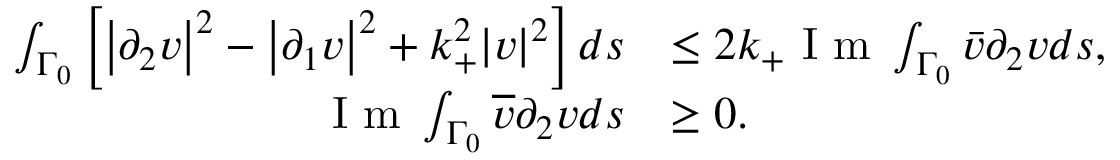
\begin{array} { r l } { \int _ { \Gamma _ { 0 } } \left[ \left| \partial _ { 2 } v \right| ^ { 2 } - \left| \partial _ { 1 } v \right| ^ { 2 } + k _ { + } ^ { 2 } | v | ^ { 2 } \right] d s } & { \leq 2 k _ { + } \textrm { I m } \int _ { \Gamma _ { 0 } } \bar { v } \partial _ { 2 } v d s , } \\ { \textrm { I m } \int _ { \Gamma _ { 0 } } \overline { { v } } \partial _ { 2 } v d s } & { \geq 0 . } \end{array}